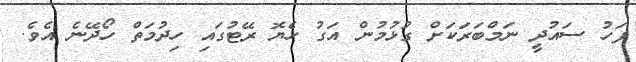
ފަހު ސައުދީ ނަމްބަރަކަށް ގުޅުމުން އަގު ހެޔޮ ރޭޓުގައި ހިދުމަތް ހޯދޭނެ އެވެ.